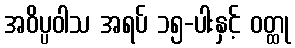
အဝိပ္ပဝါသ အရပ် ၁၅-ပါးနှင့် ဝတ္ထု